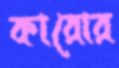
কারোর